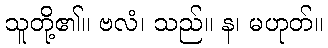
သူတို့၏။ ဗလံ၊ သည်။ န၊ မဟုတ်။